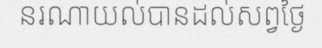
នរណាយល់បានដល់សព្វថ្ងៃ